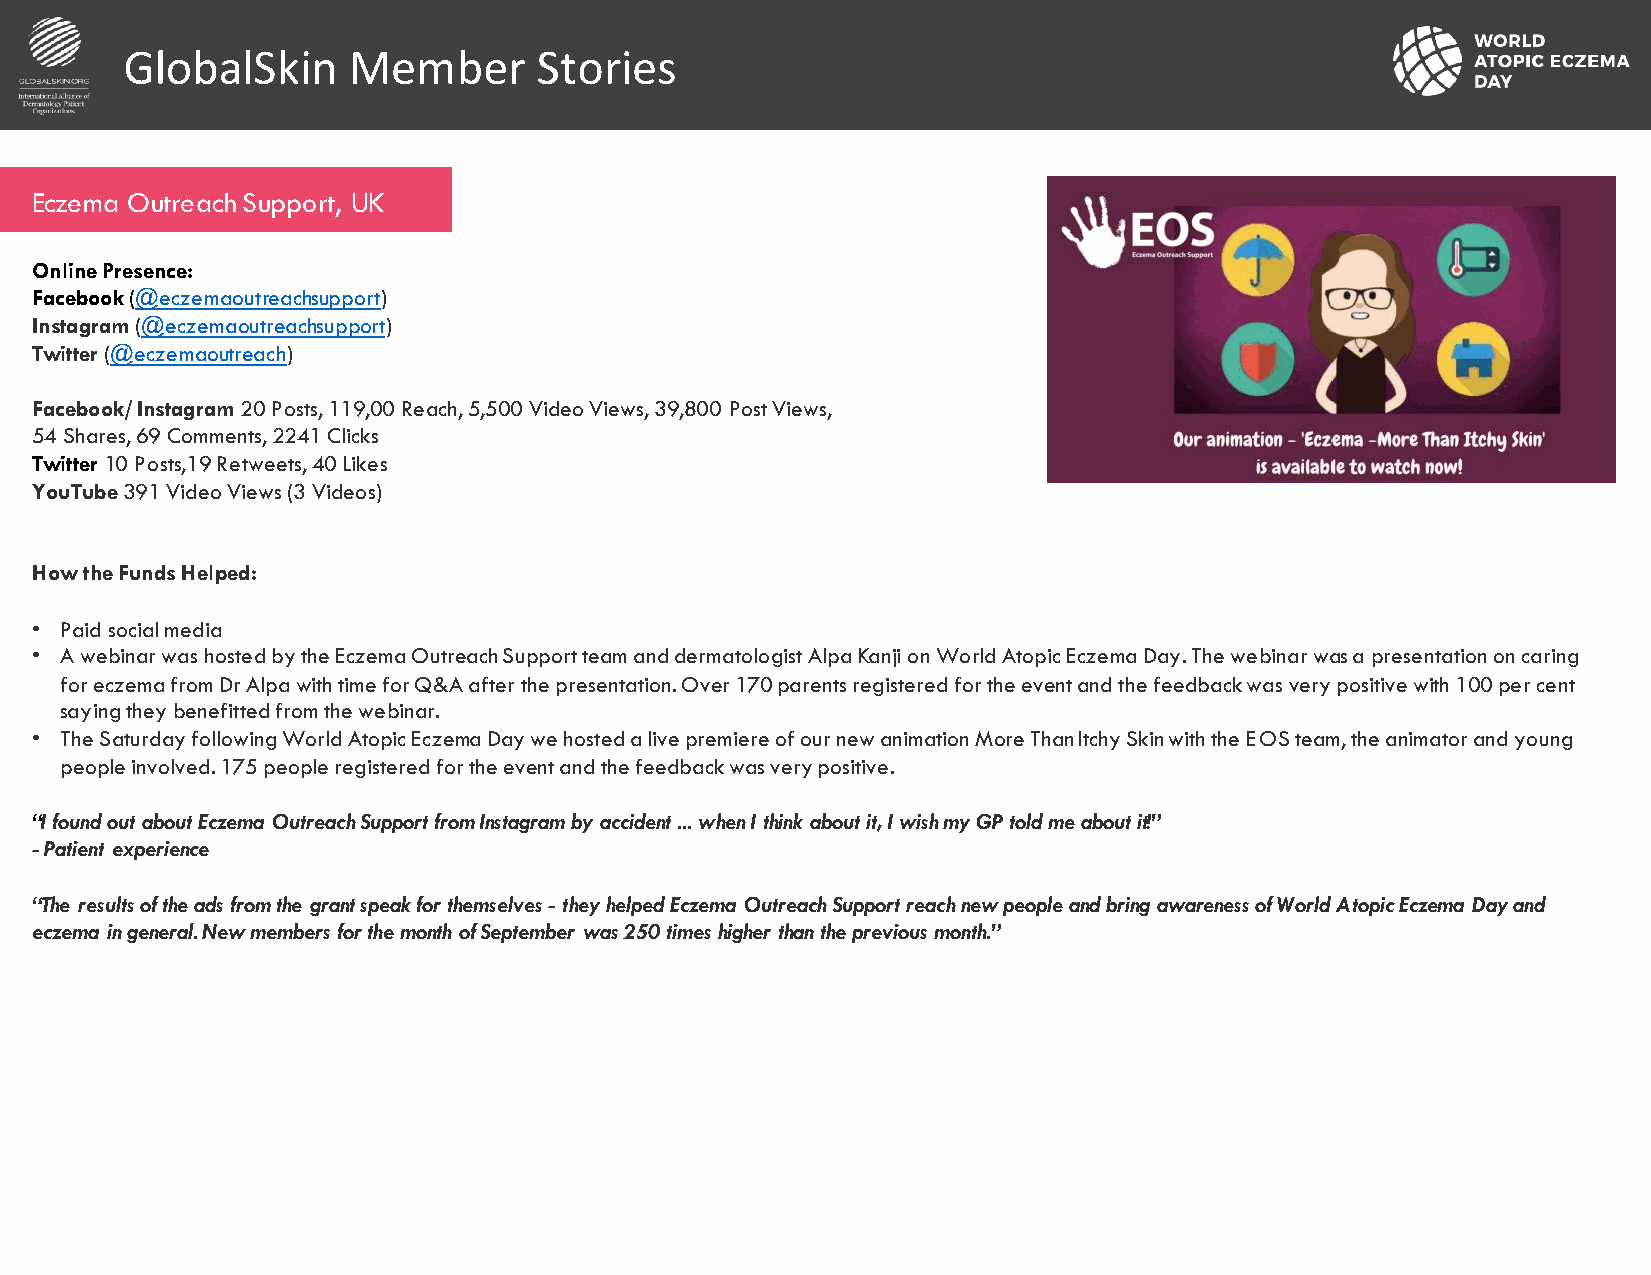
GlobalSkin     Member       Stories
 Eczema Outreach Support, UK
 Online Presence:
 Facebook(@eczemaoutreachsupport)
 Instagram(@eczemaoutreachsupport)
 Twitter (@eczemaoutreach)
 Facebook/ Instagram 20 Posts, 119,00 Reach, 5,500 Video Views, 39,800 Post Views,
 54 Shares, 69 Comments, 2241 Clicks
 Twitter 10 Posts,19 Retweets, 40 Likes
 YouTube391 Video Views (3 Videos)
 How the Funds Helped:
 • Paid social media
 • A webinar was hosted by the Eczema Outreach Support team and dermatologistAlpaKanji on World Atopic Eczema Day. The webinar was a presentation on caring
 for eczema from DrAlpawith time for Q&A after the presentation. Over 170 parents registered for the event and the feedback wasvery positive with 100 per cent
 saying they benefitted from the webinar.
 • The Saturday following World Atopic Eczema Day we hosted a live premiere of our new animation More Than Itchy Skin with the EOS team, the animator and young
 people involved. 175 people registered for the event and the feedback was very positive.
 “I found out about Eczema Outreach Support from Instagram by accident ... when I think about it, I wish my GP told me about it!”
 -Patient experience
 “The results of the ads from the grant speak for themselves - they helped Eczema Outreach Support reach new people and bring awareness of World Atopic Eczema Day and
 eczema in general.New members for the month of September was 250 times higher than the previous month.”